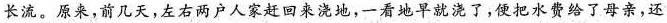
长流。原来，前几天，左右两户人家赶回来浇地，一看地早就浇了，便把水费给了母亲，还